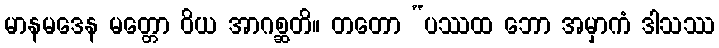
မာနမဒေန မတ္တော ဝိယ အာဂစ္ဆတိ။ တတော “ပဿထ ဘော အမှာကံ ဒါသဿ